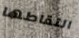
التقاطها